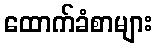
ထောက်ခံစာများ